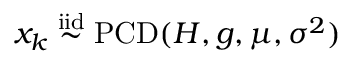
x _ { k } \overset { \mathrm { i i d } } { \sim } \operatorname { P C D } ( H , g , \mu , \sigma ^ { 2 } )